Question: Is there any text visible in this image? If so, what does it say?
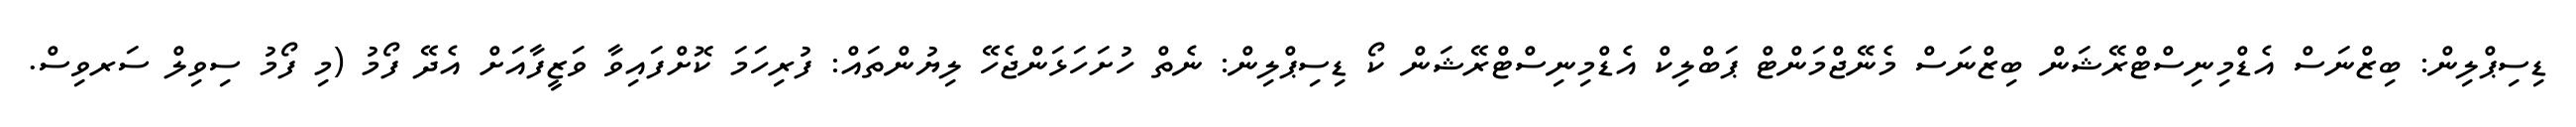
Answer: ޑިސިޕްލިން: ބިޒްނަސް އެޑްމިނިސްޓްރޭޝަން ބިޒްނަސް މެނޭޖްމަންޓް ޕަބްލިކް އެޑްމިނިސްޓްރޭޝަން ކޯ ޑިސިޕްލިން: ނެތް ހުށަހަޅަންޖެހޭ ލިޔުންތައް: ފުރިހަމަ ކޮށްފައިވާ ވަޒީފާއަށް އެދޭ ފޯމު (މި ފޯމު ސިވިލް ސަރވިސް.